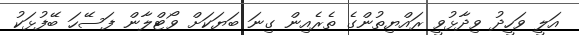
އަލީ ވަހީދު ވިދާޅުވީ ރައްޔިތުންގެ ތެރެއިން ގިނަ ބަޔަކަށް ވޯޓްލާން ފަސޭހަ ބޭފުޅަކު